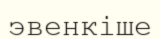
эвенкіше